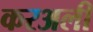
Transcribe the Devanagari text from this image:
करअली